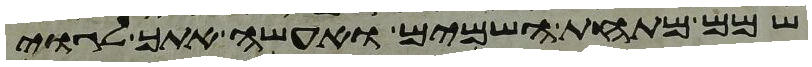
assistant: שמם מתחת השמים ואעשה אתך לגוי